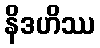
နိဒဟိဿ